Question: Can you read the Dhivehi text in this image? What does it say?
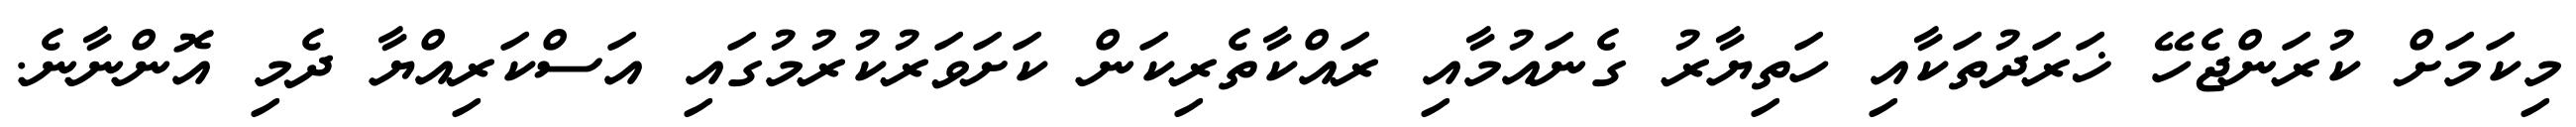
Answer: މިކަމަށް ކުރަންޖެހޭ ޚަރަދުތަކާއި ހަތިޔާރު ގެނައުމާއި ރައްކާތެރިކަން ކަށަވަރުކުރުމުގައި އަސްކަރިއްޔާ ދެމި އޮންނާނެ.